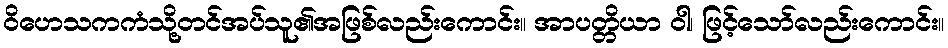
ဝိဟေသကကံသို့တင်အပ်သူ၏အဖြစ်လည်းကောင်း။ အာပတ္တိယာ ဝါ၊ ဖြင့်သော်လည်းကောင်း။